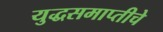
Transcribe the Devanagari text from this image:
युद्धसमाप्तीचे